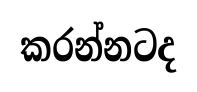
කරන්නටද